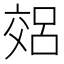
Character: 𫡽